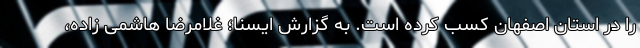
را در استان اصفهان کسب کرده است. به گزارش ایسنا؛ غلامرضا هاشمی زاده،